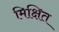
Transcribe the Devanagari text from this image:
मिक्षित